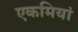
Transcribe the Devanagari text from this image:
एकमियां